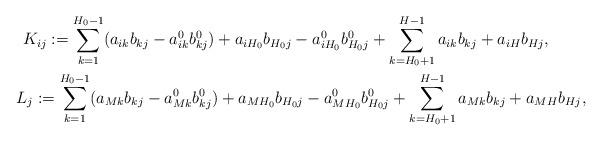
LaTeX: \begin{gather*}K_{ij}:=\sum_{k=1}^{H_0-1} (a_{ik}b_{kj} -a^0_{ik}b^0_{kj})+a_{iH_0}b_{H_0j}-a^0_{iH_0}b^0_{H_0j}+\sum_{k=H_0+1}^{H-1}a_{ik}b_{kj} + a_{iH} b_{Hj} , \\L_j:= \sum_{k=1}^{H_0-1} (a_{Mk}b_{kj} -a^0_{Mk}b^0_{kj})+a_{MH_0}b_{H_0j}-a^0_{MH_0}b^0_{H_0j}+\sum_{k=H_0+1}^{H-1}a_{Mk}b_{kj} + a_{MH} b_{Hj},\end{gather*}